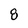
Character: 8